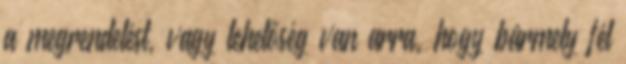
a megrendelést, vagy lehetőség van arra, hogy bármely fél